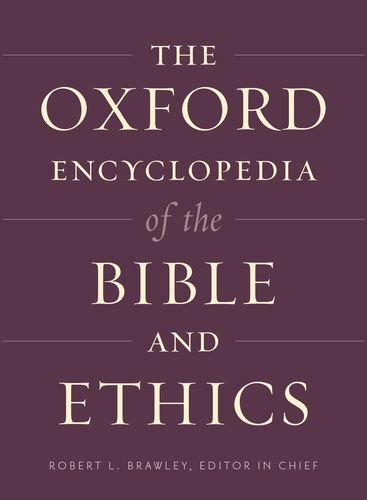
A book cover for The Oxford Encyclopedia of the Bible and Ethics: Two-Volume Set (Oxford Encyclopedias of the Bible); Christian Books & Bibles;